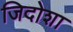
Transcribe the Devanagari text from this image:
जिदोशा